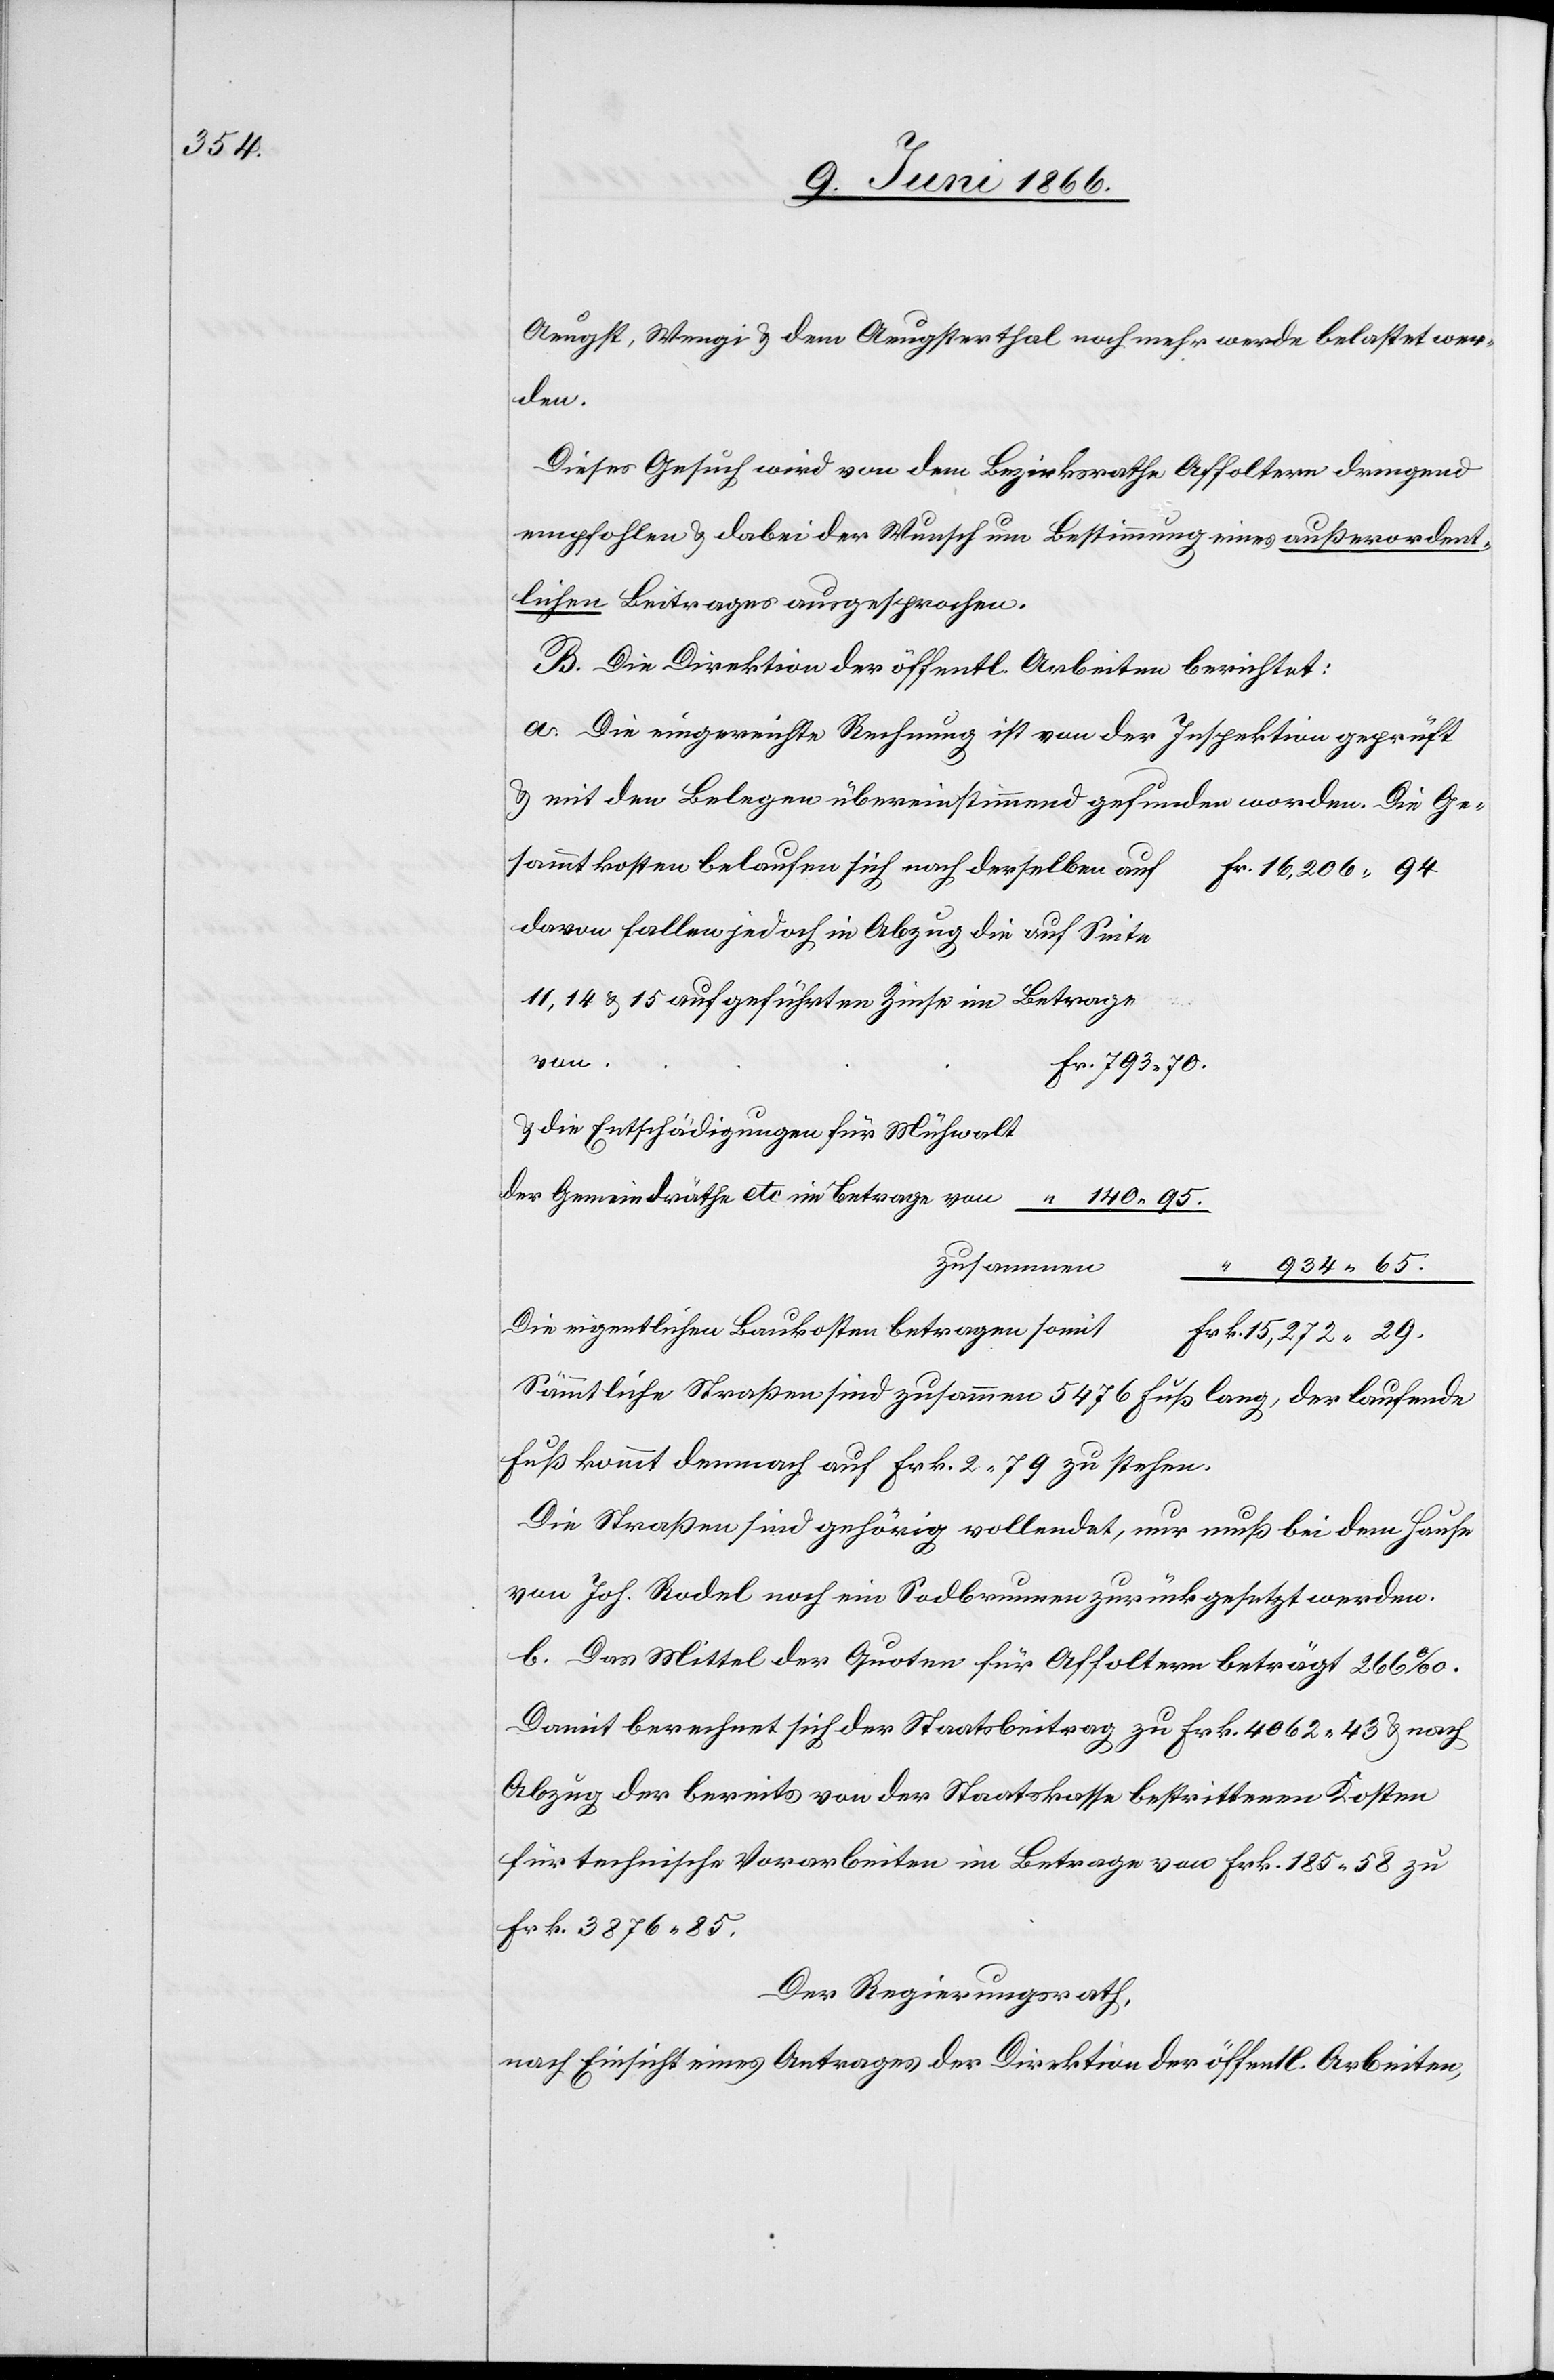
934.

Aeugst, Wengi u. dem Aeugsterthal noch mehr werde belastet wer¬
den.
Dieses Gesuch wird von dem Bezirksrathe Affoltern dringend
empfohlen u. dabei der Wunsch um Bestimmung eines außerordent¬
lichen Beitrages ausgesprochen.
B. Die Direktion der öffentl. Arbeiten berichtet:
a. Die eingereichte Rechnung ist von der Inspektion geprüft
u. mit den Belegen übereinstimmend gefunden worden. Die Ge¬
sammtkosten belaufen sich nach derselben auf
davon fallen jedoch in Abzug die auf Seite
11, 14 u. 15 aufgeführten Zinse im Betrage
von
u. die Entschädigungen für Mühwalt
der Gemeindräthe etc. im Betrage von
zusammen
Die eigentlichen Baukosten betragen somit
Sämmtliche Straßen sind zusammen 5476 Fuß lang, der laufende
Fuß kommt demnach auf Frk. 2.79 zu stehen.
Die Straßen sind gehörig vollendet, nur muß bei dem Hause
von Joh. Rodel noch ein Sodbrunnen zurückgesetzt werden.
b. Das Mittel der Quoten für Affoltern beträgt 266 ‰.
Damit berechnet sich der Staatsbeitrag zu Frk. 4062.43 u. nach
Abzug der bereits von der Staatskasse bestrittenen Kosten
für technische Vorarbeiten im Betrag von Frk. 185.58 zu
Frk. 3876.85.
Der Regierungsrath,
nach Einsicht eines Antrages der Direktion der öffentl. Arbeiten,